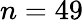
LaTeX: n=49